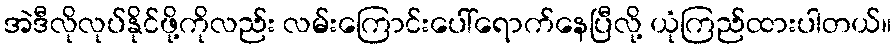
အဲဒီလိုလုပ်နိုင်ဖို့ကိုလည်း လမ်းကြောင်းပေါ်ရောက်နေပြီလို့ ယုံကြည်ထားပါတယ်။